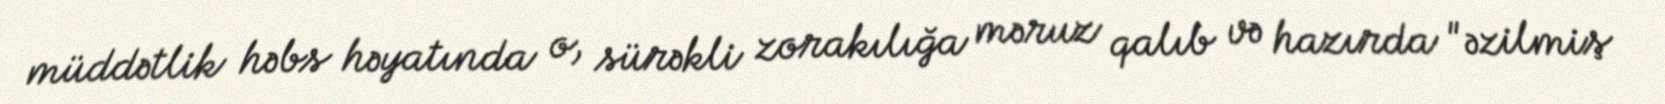
müddətlik həbs həyatında o, sürəkli zorakılığa məruz qalıb və hazırda "əzilmiş